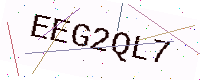
Text: EEG2QL7